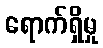
ရောက်ရှိမှု